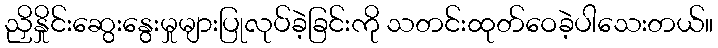
ညှိနှိုင်းဆွေးနွေးမှုများပြုလုပ်ခဲ့ခြင်းကို သတင်းထုတ်ဝေခဲ့ပါသေးတယ်။